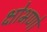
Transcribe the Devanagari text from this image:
क्षोभणो